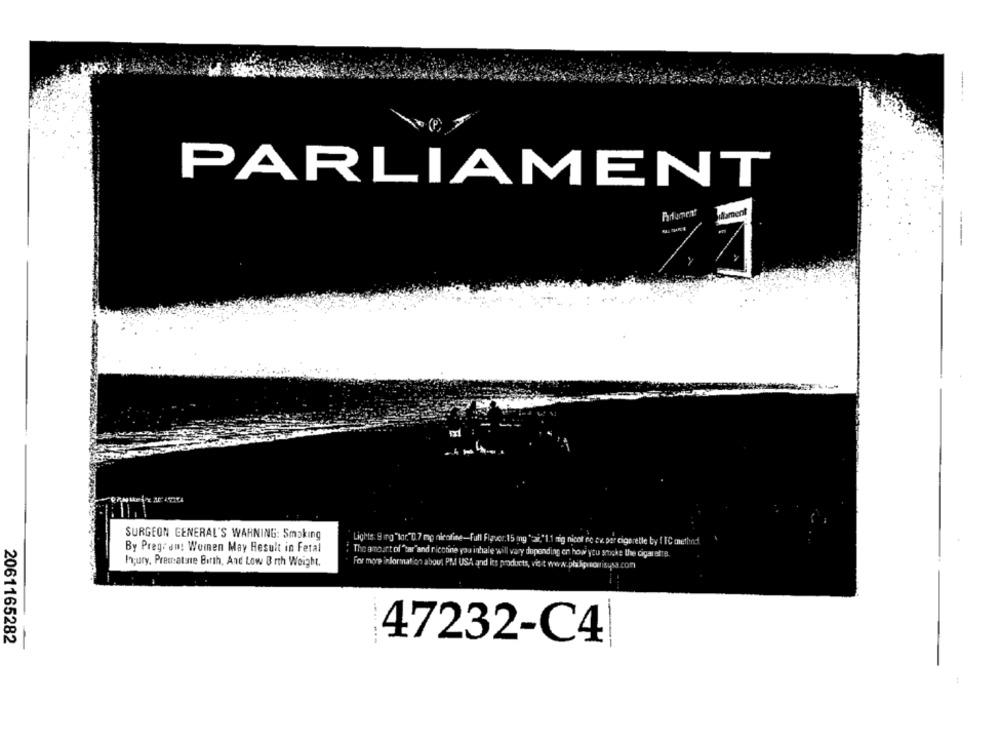
---- -
PARLIAMENT
----
SURGEON GENERAL'S WARNING: Smoking
Lights 9 ing "tor,"℃ 7 mg nienfine-Full Flauce, 15 my "sar, "1.1 nig nicol ne cw. per cigaretle by ! IC cnethind
By Pregram: Women May Result in Fetal
The amount of "tar"and ricotine you inhale wwall vary depending er how you soche the cigarette.
Injury, Prematane Birth, And Low Birth Weight.
For more information about PM USA and its products, visit www.philip sortisysa.com
2061165282
47232-C4